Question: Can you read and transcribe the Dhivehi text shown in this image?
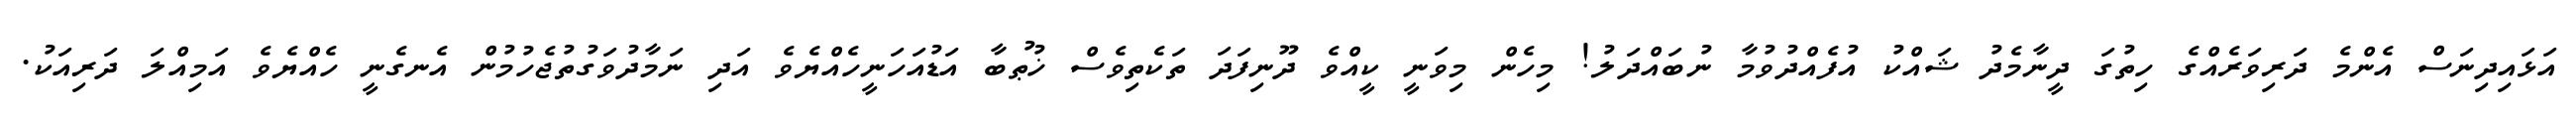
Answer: އަޅައިދިނަސް އެންމެ ދަރިވަރެއްގެ ހިތުގަ ދީނާމެދު ޝައްކު އުފެއްދުވުމާ ނުބައްދަލު! މިހެން މިވަނީ ކީއްވެ ދޫނިފަދަ ތަކެތިވެސް ޚުޠުބާ އަޑުއަހަނީހެއްޔެވެ އަދި ނަމާދުވަގުތުޖެހުމުން އެނގެނީ ހެއްޔެވެ އަމިއްލަ ދަރިއަކު.